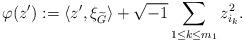
LaTeX: \begin{align*}\varphi(z') := \langle z', \xi_{\widetilde{G}}\rangle+ \sqrt{-1} \displaystyle\sum_{1 \le k \le m_1} z_{i_k}^2.\end{align*}